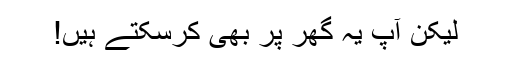
لیکن آپ یہ گھر پر بھی کرسکتے ہیں!